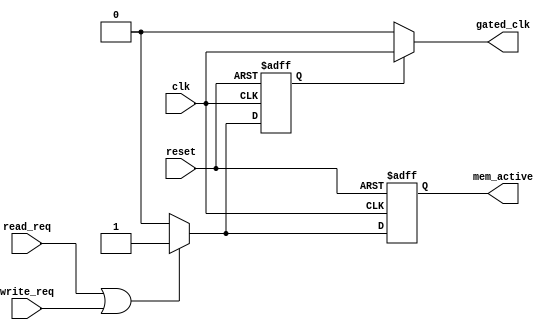
module dynamic_clock_gating (
    input wire clk,                // Main clock input
    input wire reset,              // Reset signal
    input wire read_req,           // Read request signal
    input wire write_req,          // Write request signal
    output wire gated_clk,         // Gated clock output
    output wire mem_active         // Memory active signal for debugging
);

// Internal signals
reg gating_signal;               // Gating signal for clock gating
reg mem_active_reg;              // Memory active register

// Clock Gating Control Logic
always @(posedge clk or posedge reset) begin
    if (reset) begin
        gating_signal <= 1'b1;    // Enable clock by default
        mem_active_reg <= 1'b0;   // Memory is inactive
    end else begin
        // Generate gating signal based on read/write requests
        if (read_req || write_req) begin
            gating_signal <= 1'b1; // Active operation, enable clock
            mem_active_reg <= 1'b1; // Memory is active
        end else begin
            gating_signal <= 1'b0; // No operation, disable clock
            mem_active_reg <= 1'b0; // Memory is inactive
        end
    end
end

// Clock Gating Cell
assign gated_clk = gating_signal ? clk : 1'b0; // Gated clock output
assign mem_active = mem_active_reg; // Output memory active status

endmodule